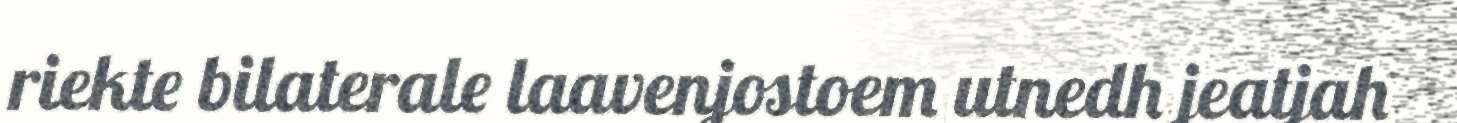
riekte bilaterale laavenjostoem utnedh jeatjah